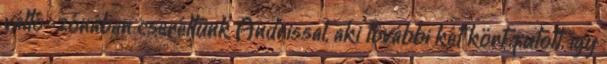
váltó-zónában cseréltünk Andrissal, aki további két kört futott, így